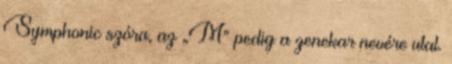
Symphonic szóra, az „M” pedig a zenekar nevére utal.